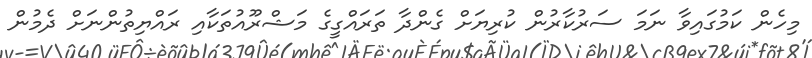
މިހެން ކަމުގައިވާ ނަމަ ސަރުކާރުން ކުރިޔަށް ގެންދާ ތަރައްގީގެ މަޝްރޫއުތަކާއި ރައްޔިތުންނަށް ދެމުން